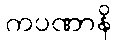
ကပဏာနိ